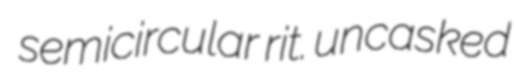
semicircular rit. uncasked